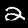
Label: 2